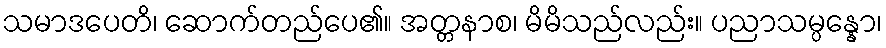
သမာဒပေတိ၊ ဆောက်တည်ပေ၏။ အတ္တနာစ၊ မိမိသည်လည်း။ ပညာသမ္ပန္နော၊